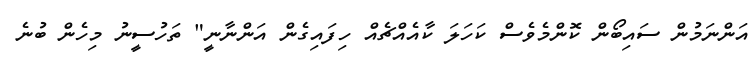
އަންނަމުން ސައިބޯން ކޮންމެވެސް ކަހަލަ ކާއެއްޗެއް ހިފައިގެން އަންނާނީ" ތަހުސީނު މިހެން ބުނެ